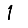
Digit: 1